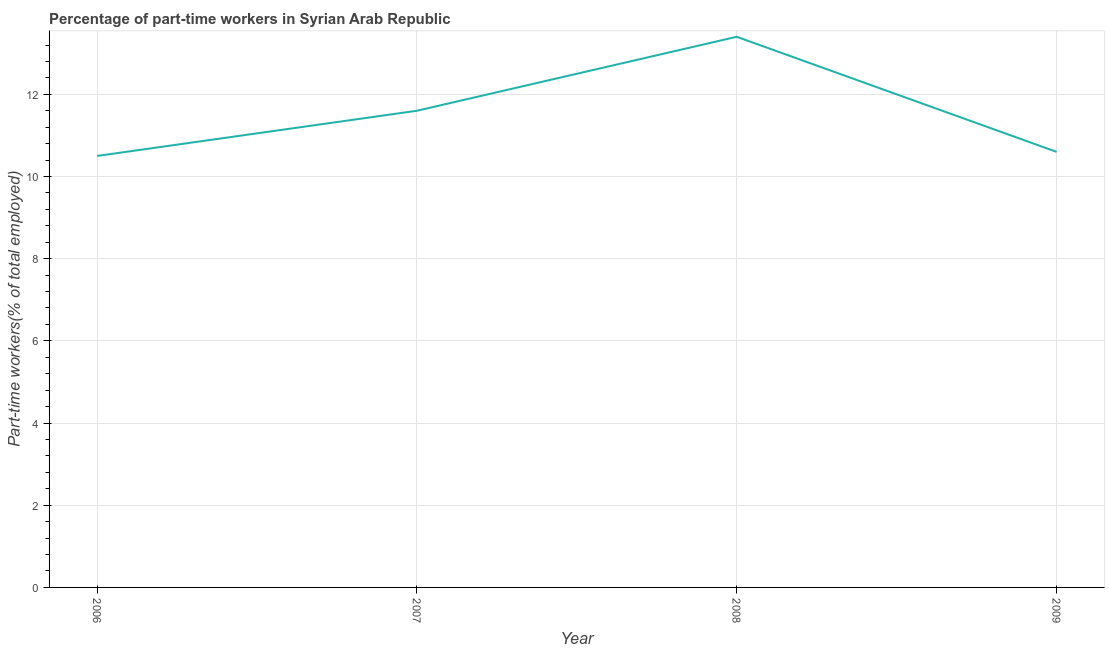
| Year | Part time employment |
 | --- | --- |
 | 2006 | 10.5 |
 | 2007 | 11.6 |
 | 2008 | 13.4 |
 | 2009 | 10.6 |